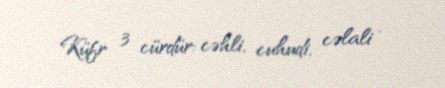
Küfr 3 cürdür: cəhli, cuhudi, cəlali .